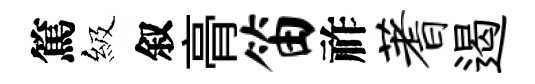
篤級叙𮌔笛祚蓍遏